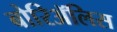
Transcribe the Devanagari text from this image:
बोरिॲलिस